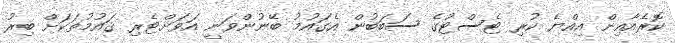
ކޮރެއާއިން އިއްޔެ ކުރި ޓެސްޓުގެ ސަބަބުން އެގައުމު ބޭނުންވަނީ އަވަށްޓެރި ޤައުމުތަކަށް ބިރު